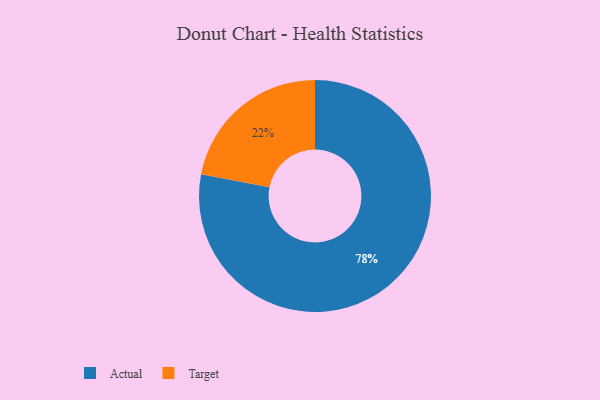
{"axis": {"x": "Category", "y": "Percentage"}, "legend": ["Actual", "Target"], "data": [{"x": "Actual", "y": 78, "type": "Actual"}, {"x": "Target", "y": 22, "type": "Target"}]}